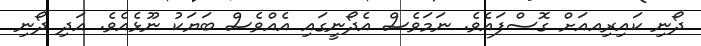
ދޯނި ކައިރިއއަށް ގޮސްފައެވެ. ނަމަވެސް އެދޯނީގައި އެއްވެސް ބަޔަކު ނޫޅެއެވެ. އަދި ދޯނި